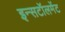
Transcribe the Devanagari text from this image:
इन्सटॉलमेंट